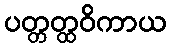
ပတ္တတ္ထဝိကာယ